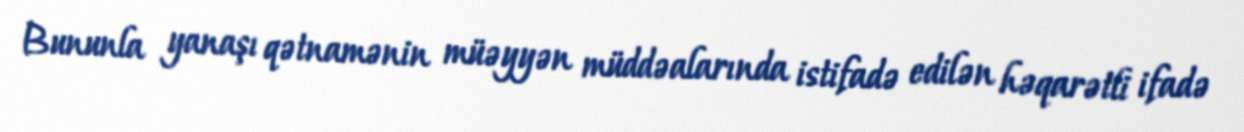
Bununla yanaşı qətnamənin müəyyən müddəalarında istifadə edilən həqarətli ifadə